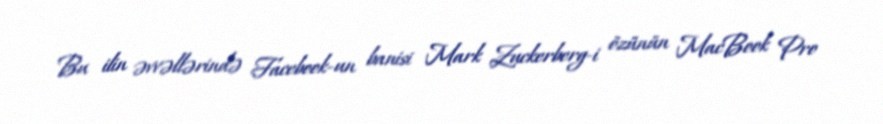
Bu ilin əvvəllərində Facebook-un banisi Mark Zuckerberg-i özünün MacBook Pro